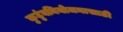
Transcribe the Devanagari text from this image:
कुटुंबनियोजनासाठी